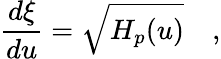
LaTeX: {\frac{d\xi}{du}}=\sqrt{H_{p}(u)}\quad,